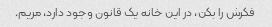
فکرش را بکن، در این خانه یک قانون وجود دارد، مریم.